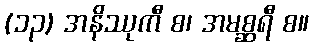
(၁၃) အနိဿုကီ စ၊ အမစ္ဆရီ စ။